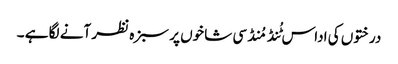
درختوں کی اداس ٹُنڈ مُنڈ سی شاخوں پر سبزہ نظر آنے لگا ہے ۔